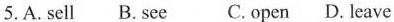
5. A. Sell B.See C. Open D. Leave